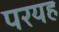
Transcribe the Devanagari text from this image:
परयह